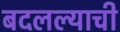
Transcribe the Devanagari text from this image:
बदलल्याची